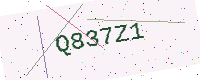
Text: Q837Z1